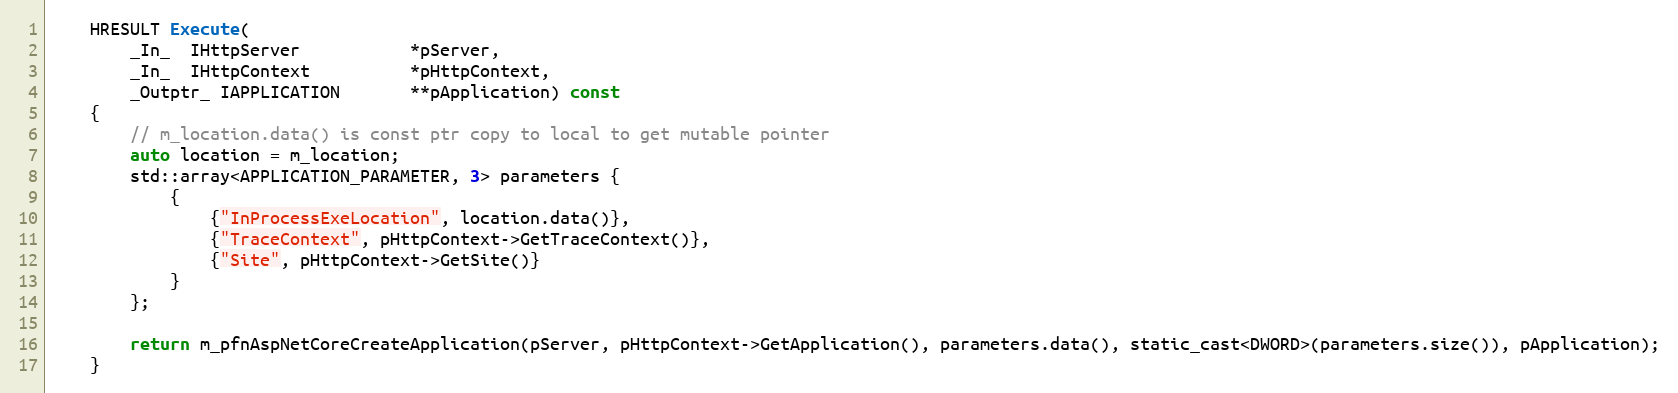
Language: C
    HRESULT Execute(
        _In_  IHttpServer           *pServer,
        _In_  IHttpContext          *pHttpContext,
        _Outptr_ IAPPLICATION       **pApplication) const
    {
        // m_location.data() is const ptr copy to local to get mutable pointer
        auto location = m_location;
        std::array<APPLICATION_PARAMETER, 3> parameters {
            {
                {"InProcessExeLocation", location.data()},
                {"TraceContext", pHttpContext->GetTraceContext()},
                {"Site", pHttpContext->GetSite()}
            }
        };

        return m_pfnAspNetCoreCreateApplication(pServer, pHttpContext->GetApplication(), parameters.data(), static_cast<DWORD>(parameters.size()), pApplication);
    }